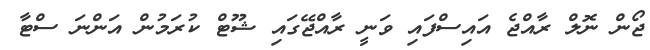
ޖޯން ނޮލް ރާއްޖެ އައިސްފައި ވަނީ ރާއްޖޭގައި ޝޫޓް ކުރަމުން އަންނަ ސްޓާ